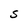
Character: S